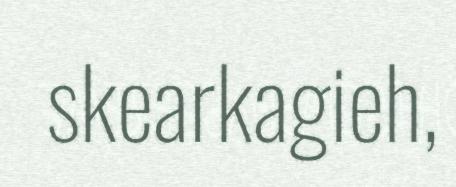
skearkagieh,